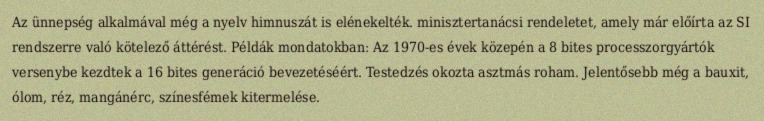
Az ünnepség alkalmával még a nyelv himnuszát is elénekelték. minisztertanácsi rendeletet, amely már előírta az SI rendszerre való kötelező áttérést. Példák mondatokban: Az 1970-es évek közepén a 8 bites processzorgyártók versenybe kezdtek a 16 bites generáció bevezetéséért. Testedzés okozta asztmás roham. Jelentősebb még a bauxit, ólom, réz, mangánérc, színesfémek kitermelése.